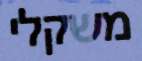
משקלי